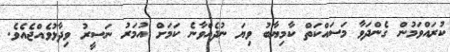
ކުރައްވަމުން ގެންދަވާ މަސައްކަތް ކާމިޔާބު ވިޔަ ނުދެއްވާނެ ކަމަށް އުމަރު ނަސީރު ވިދާޅުވެއްޖެއެވެ.